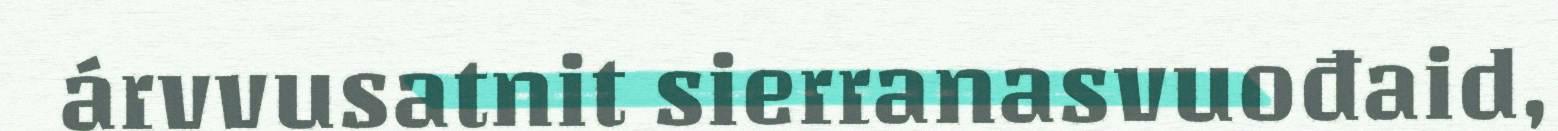
árvvusatnit sierranasvuođaid,